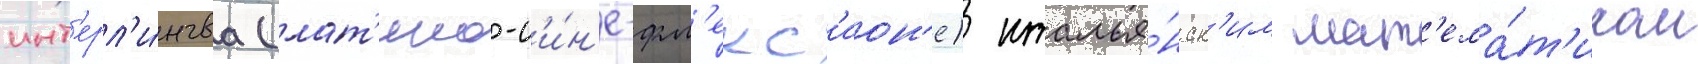
инт'ерл'и́нгва (лат'ино-с'и́н'е-фл'екс'ион'е) италья́нск'им мат'ема́т'иком